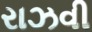
રાઝવી